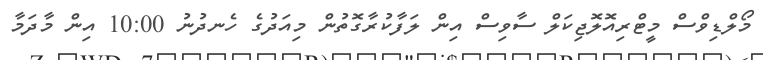
މޯލްޑިވްސް މީޓްރިއޮލޮޖިކަލް ސާވިސް އިން ލަފާކުރާގޮތުން މިއަދުގެ ހެނދުނު 10:00 އިން މާދަމާ